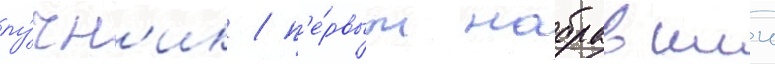
лу́чн'ик / п'е́рвым набравшии